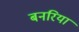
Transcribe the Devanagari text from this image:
बनरिया